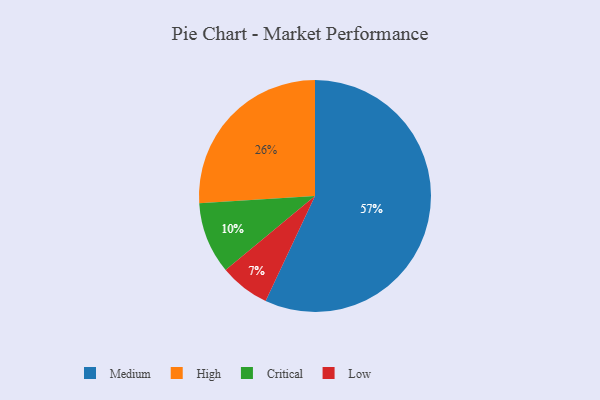
{"axis": {"x": "Category", "y": "Percentage"}, "legend": ["Critical", "High", "Low", "Medium"], "data": [{"x": "Medium", "y": 57, "type": "Medium"}, {"x": "High", "y": 26, "type": "High"}, {"x": "Low", "y": 7, "type": "Low"}, {"x": "Critical", "y": 10, "type": "Critical"}]}